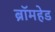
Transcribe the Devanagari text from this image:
ब्रॉमहेड